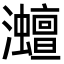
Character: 灗